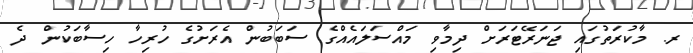
ރ. މާކުރަތުގައި ޖަނަރޭޓަރަށް ދިމާވި މައްސަލައެއްގެ ސަބަބުން އެރަށުގެ ހުރިހާ ހިސާބަކުން ދެ